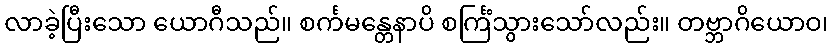
လာခဲ့ပြီးသော ယောဂီသည်။ စင်္ကမန္တေနာပိ စင်္ကြံသွားသော်လည်း။ တဗ္ဘာဂိယောဝ၊